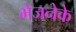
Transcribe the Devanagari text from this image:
भेजनेके